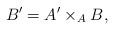
LaTeX: \begin{align*} B' = A' \times_A B,\end{align*}